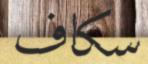
سكاف